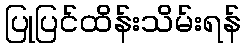
ပြုပြင်ထိန်းသိမ်းရန်